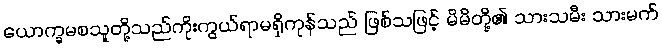
ယောက္ခမစသူတို့သည်ကိုးကွယ်ရာမရှိကုန်သည် ဖြစ်သဖြင့် မိမိတို့၏ သားသမီး သားမက်